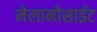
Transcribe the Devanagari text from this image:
मेलानोसाईट